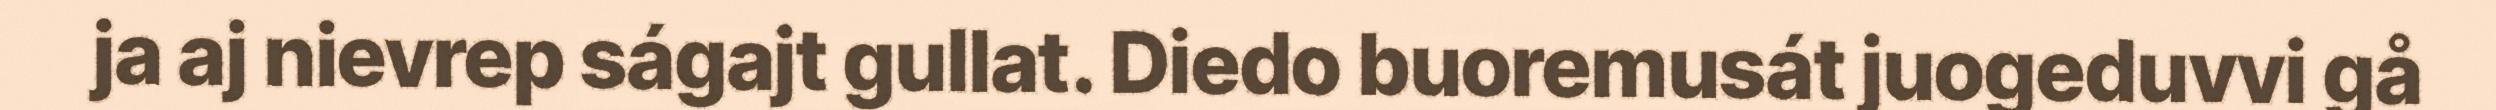
ja aj nievrep ságajt gullat. Diedo buoremusát juogeduvvi gå